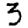
Digit: 3